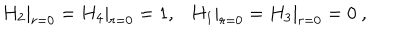
H _ { 2 } | _ { r = 0 } = H _ { 4 } | _ { r = 0 } = 1 , \ \ \ H _ { 1 } | _ { r = 0 } = H _ { 3 } | _ { r = 0 } = 0 \ ,